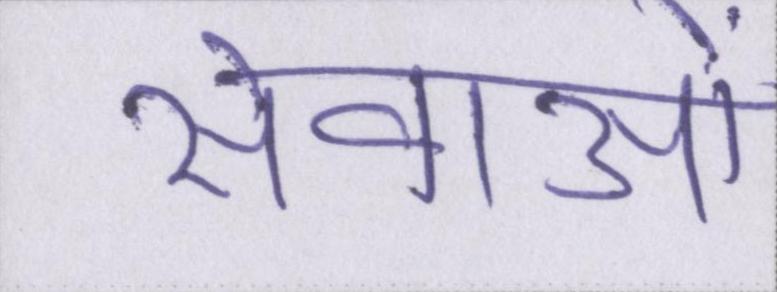
सेवाओं